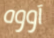
آووه